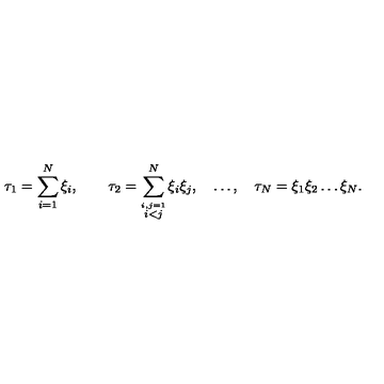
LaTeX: \tau _ { 1 } = \sum _ { i = 1 } ^ { N } \xi _ { i } , \qquad \tau _ { 2 } = \sum _ { \stackrel { i , j = 1 } { i < j } } ^ { N } \xi _ { i } \xi _ { j } , \quad \ldots , \quad \tau _ { N } = \xi _ { 1 } \xi _ { 2 } \ldots \xi _ { N } .